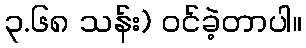
၃.၆၈ သန်း) ဝင်ခဲ့တာပါ။